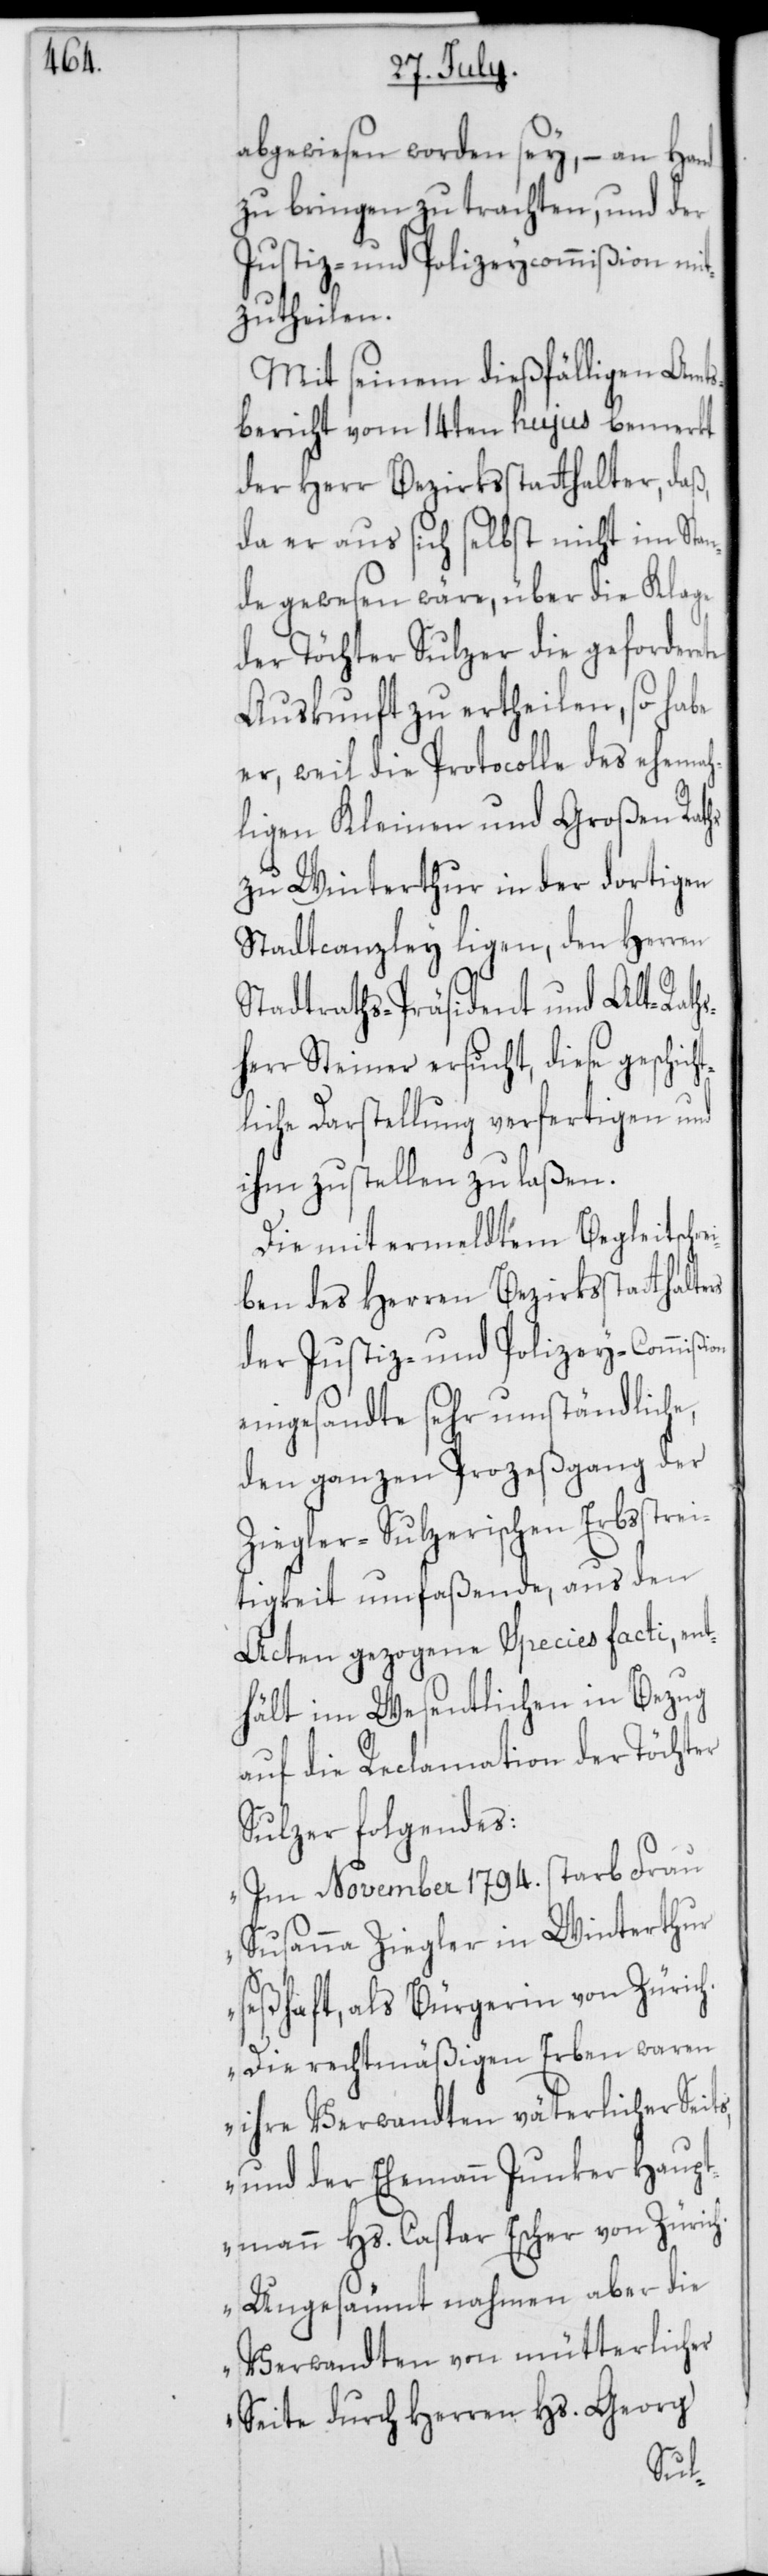
ei¬

abgewiesen worden sey, – an Hand
zu bringen zu trachten, und der
Justiz- und Polizeycommißion mit¬
zutheilen.
Mit seinem dießfälligen Amts¬
bericht vom 14ten hujus bemerkt
der Herr Bezirksstatthalter, daß,
da er aus sich selbst nicht im Stan¬
de gewesen wäre, über die Klage
der Töchter Sulzer, die geforderete
Auskunft zu ertheilen, so habe
er, weil die Protocolle des ehemah¬
ligen Kleinen und Großen Raths
zu Winterthur in der dortigen
Stadtcanzley ligen, den Herren
Stadtraths-Präsident und Alt-Rath¬
sherr Steiner ersucht, diese geschich¬
tliche Darstellung verfertigen und
ihm zustellen zu laßen.
Die mit ermeldtem Begleitschr¬
ben des Herren Bezirksstatthalters
der Justiz- und Polizey-Commißion
eingesandte sehr umständliche,
den ganzen Prozeßgang der
Ziegler-Sulzerischen Erbßtrei¬
tigkeit umfaßende, aus den
Acten gezogene Species facti, ent¬
hält im Wesentlichen in Bezug
auf die Reclamation der Töchter
Sulzer folgendes:
„Im November 1794. starb Frau
Susanna Ziegler in Winterthur
seßhaft, als Bürgerin von Zürich.
Die rechtmäßigen Erben waren
ihre Verwandten väterlicher Seits,
und der Ehemann Junker Haupt¬
mann Hs. Caspar Escher von Zürich.
Ungesäumt nahmen aber die
Verwandten von mütterlicher
Seite durch Herren Hs. Georg